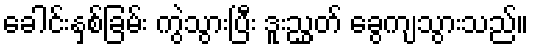
ခေါင်းနှစ်ခြမ်း ကွဲသွားပြီး ဒူးညွှတ် ခွေကျသွားသည်။